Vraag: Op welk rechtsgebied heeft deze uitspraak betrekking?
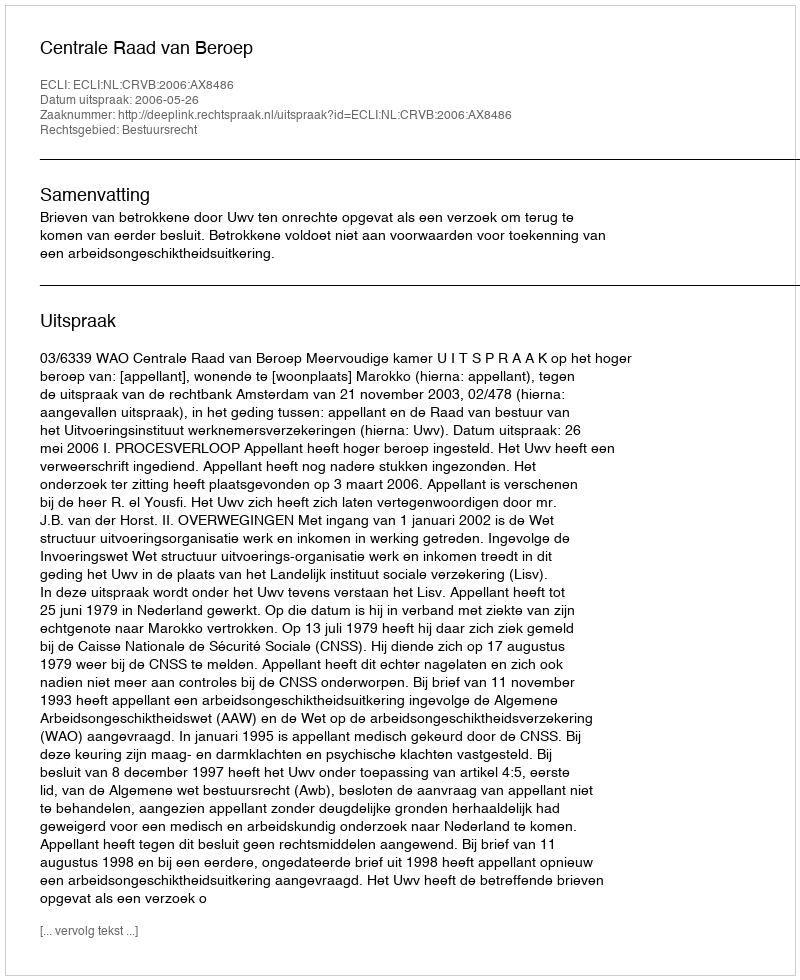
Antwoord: Bestuursrecht